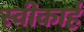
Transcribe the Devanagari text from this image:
स्वीकार्ह